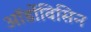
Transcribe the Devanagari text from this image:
ऑर्डोविसिन